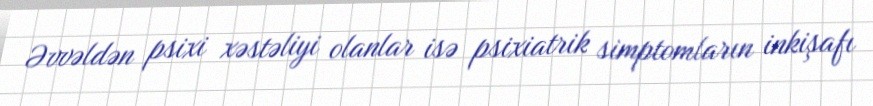
Əvvəldən psixi xəstəliyi olanlar isə psixiatrik simptomların inkişafı